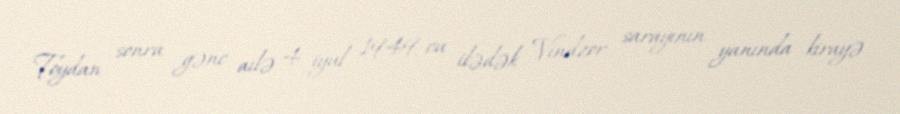
Toydan sonra gənc ailə 4 iyul 1949-cu ilədək Vindzor sarayının yanında kirayə